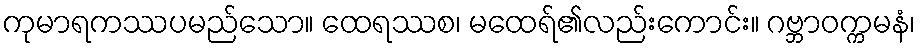
ကုမာရကဿပမည်သော။ ထေရဿစ၊ မထေရ်၏လည်းကောင်း။ ဂဗ္ဘာဝက္ကမနံ၊